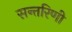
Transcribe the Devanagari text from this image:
सन्तरिणी